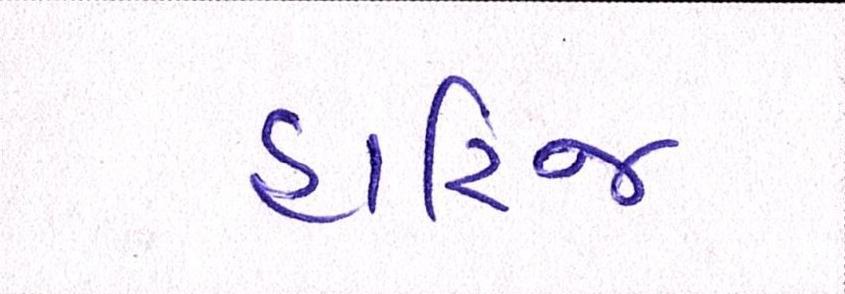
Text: હારિજ